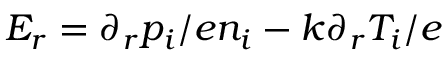
E _ { r } = \partial _ { r } p _ { i } / e n _ { i } - k \partial _ { r } T _ { i } / e